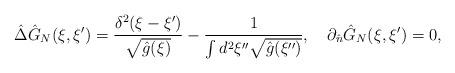
LaTeX: \begin{align*}\hat{\Delta}{\hat{G}_N}(\xi,\xi')={{{\delta^2}(\xi-\xi')}\over{\sqrt{\hat{g}(\xi)}}}-{1\over{\int{d^2}\xi''\sqrt{\hat{g}(\xi'')}}},\quad{\partial_{\hat{n}}}{\hat{G}_N}(\xi,\xi')=0,\end{align*}